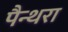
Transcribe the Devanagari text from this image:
पैन्थरा